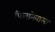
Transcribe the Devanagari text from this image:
पिलानेवाला